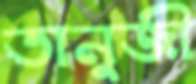
তানুজী